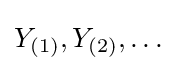
Y_{(1)},Y_{(2)},\ldots